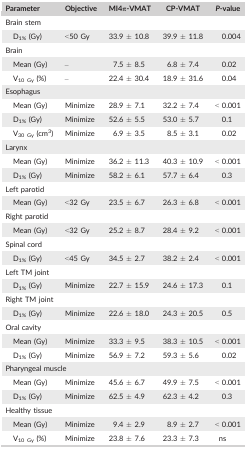
<table><thead><tr><td><b>Parameter</b></td><td><b>Objective</b></td><td><b>MI4<i>π</i>‐VMAT</b></td><td><b>CP‐VMAT</b></td><td><b><i>P</i>‐value</b></td></tr></thead><tbody><tr><td colspan="5">Brain stem</td></tr><tr><td>D<sub>1%</sub> (Gy)</td><td>&lt;50 Gy</td><td>33.9 ± 10.8</td><td>39.9 ± 11.8</td><td>0.004</td></tr><tr><td colspan="5">Brain</td></tr><tr><td>Mean (Gy)</td><td>–</td><td>7.5 ± 8.5</td><td>6.8 ± 7.4</td><td>0.02</td></tr><tr><td>V<sub>10 Gy</sub> (%)</td><td>–</td><td>22.4 ± 30.4</td><td>18.9 ± 31.6</td><td>0.04</td></tr><tr><td colspan="5">Esophagus</td></tr><tr><td>Mean (Gy)</td><td>Minimize</td><td>28.9 ± 7.1</td><td>32.2 ± 7.4</td><td>&lt; 0.001</td></tr><tr><td>D<sub>1%</sub> (Gy)</td><td>Minimize</td><td>52.6 ± 5.5</td><td>53.0 ± 5.7</td><td>0.1</td></tr><tr><td>V<sub>30 Gy</sub> (cm<sup>3</sup>)</td><td>Minimize</td><td>6.9 ± 3.5</td><td>8.5 ± 3.1</td><td>0.02</td></tr><tr><td colspan="5">Larynx</td></tr><tr><td>Mean (Gy)</td><td>Minimize</td><td>36.2 ± 11.3</td><td>40.3 ± 10.9</td><td>&lt; 0.001</td></tr><tr><td>D<sub>1%</sub> (Gy)</td><td>Minimize</td><td>58.2 ± 6.1</td><td>57.7 ± 6.4</td><td>0.3</td></tr><tr><td colspan="5">Left parotid</td></tr><tr><td>Mean (Gy)</td><td>&lt;32 Gy</td><td>23.5 ± 6.7</td><td>26.3 ± 6.8</td><td>&lt; 0.001</td></tr><tr><td colspan="5">Right parotid</td></tr><tr><td>Mean (Gy)</td><td>&lt;32 Gy</td><td>25.2 ± 8.7</td><td>28.4 ± 9.2</td><td>&lt; 0.001</td></tr><tr><td colspan="5">Spinal cord</td></tr><tr><td>D<sub>1%</sub> (Gy)</td><td>&lt;45 Gy</td><td>34.5 ± 2.7</td><td>38.2 ± 2.4</td><td>&lt; 0.001</td></tr><tr><td colspan="5">Left TM joint</td></tr><tr><td>D<sub>1%</sub> (Gy)</td><td>Minimize</td><td>22.7 ± 15.9</td><td>24.6 ± 17.3</td><td>0.1</td></tr><tr><td colspan="5">Right TM joint</td></tr><tr><td>D<sub>1%</sub> (Gy)</td><td>Minimize</td><td>22.6 ± 18.0</td><td>24.3 ± 20.5</td><td>0.5</td></tr><tr><td colspan="5">Oral cavity</td></tr><tr><td>Mean (Gy)</td><td>Minimize</td><td>33.3 ± 9.5</td><td>38.3 ± 10.5</td><td>&lt; 0.001</td></tr><tr><td>D<sub>1%</sub> (Gy)</td><td>Minimize</td><td>56.9 ± 7.2</td><td>59.3 ± 5.6</td><td>0.02</td></tr><tr><td colspan="5">Pharyngeal muscle</td></tr><tr><td>Mean (Gy)</td><td>Minimize</td><td>45.6 ± 6.7</td><td>49.9 ± 7.5</td><td>&lt; 0.001</td></tr><tr><td>D<sub>1%</sub> (Gy)</td><td>Minimize</td><td>62.5 ± 4.9</td><td>62.3 ± 4.2</td><td>0.3</td></tr><tr><td colspan="5">Healthy tissue</td></tr><tr><td>Mean (Gy)</td><td>Minimize</td><td>9.4 ± 2.9</td><td>8.9 ± 2.7</td><td>&lt; 0.001</td></tr><tr><td>V<sub>10 Gy</sub> (%)</td><td>Minimize</td><td>23.8 ± 7.6</td><td>23.3 ± 7.3</td><td>ns</td></tr></tbody></table>